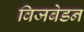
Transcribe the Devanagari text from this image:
विजबेडन